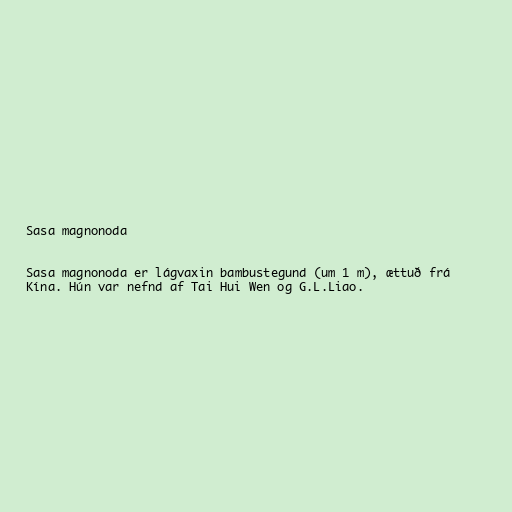
Sasa magnonoda

Sasa magnonoda er lágvaxin bambustegund (um 1 m), ættuð frá
Kína. Hún var nefnd af Tai Hui Wen og G.L.Liao.